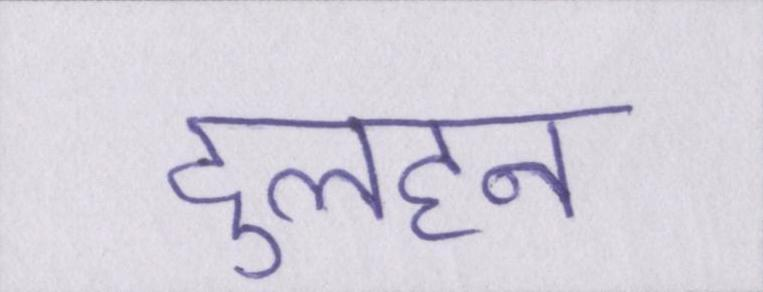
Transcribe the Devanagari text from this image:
दुलहन